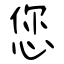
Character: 您